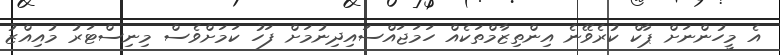
އެ މީހުންނަށް ޕާކް ކުރެވޭނެ އިންތިޒާމްތަކެއް ހަމަޖައްސައިދިނުމަށް ފަހު ކަމަށްވެސް މިނިސްޓަރު މުއިއްޒު